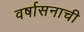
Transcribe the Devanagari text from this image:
वर्षासनाची